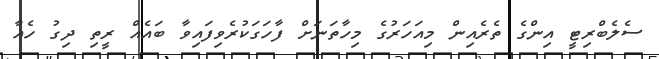
ސެލެބްރިޓީ އިންގެ ތެރެއިން މިއަހަރުގެ މިހާތަނަށް ފާހަގަކުރެވިފައިވާ ބައެއް ރީތި ދިގު ހެއާ